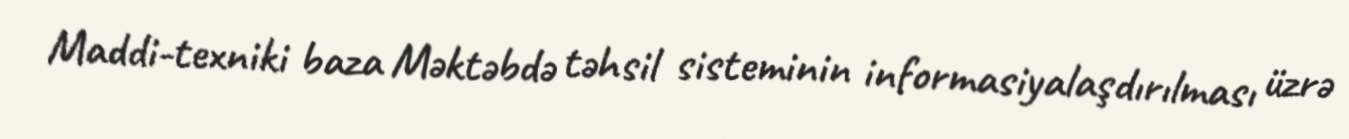
Maddi-texniki baza Məktəbdə təhsil sisteminin informasiyalaşdırılması üzrə